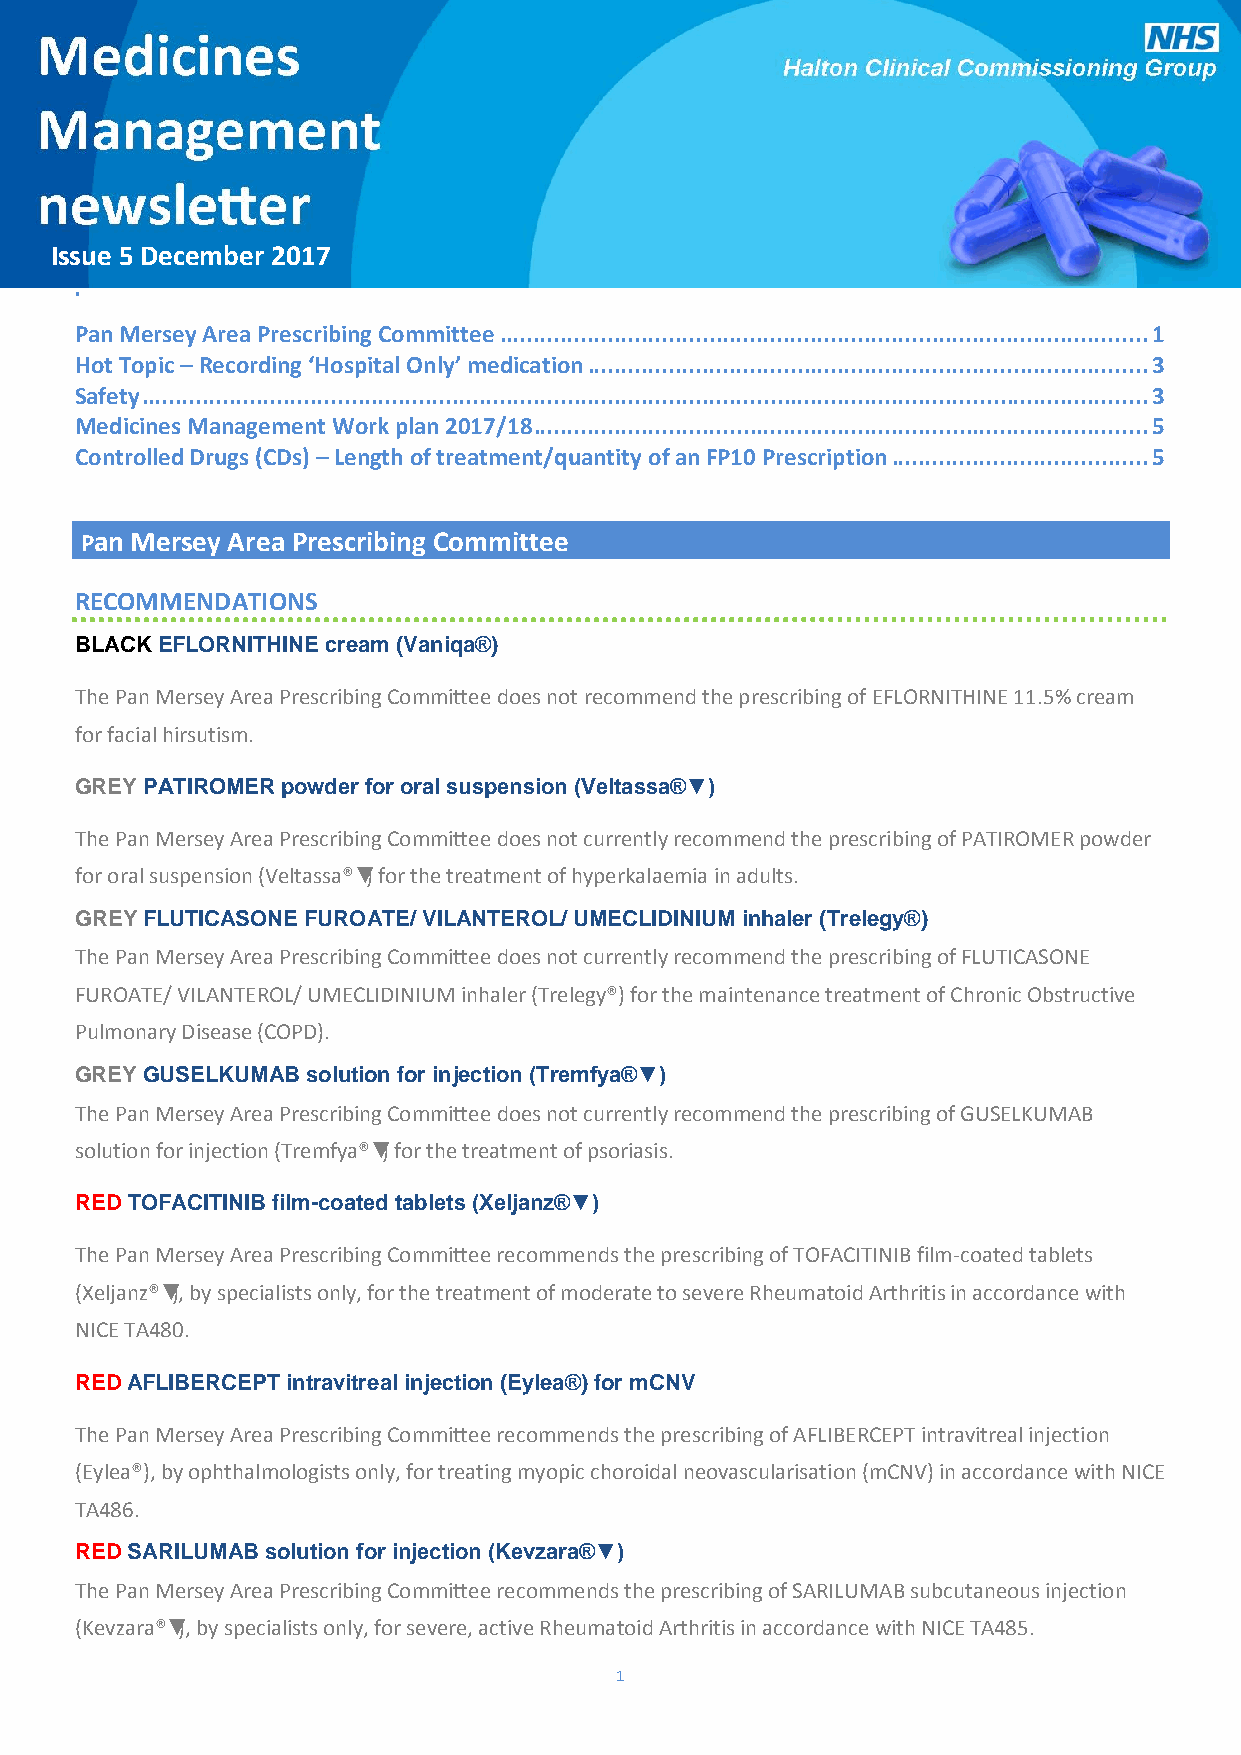
Issue 5 December 2017
 .
 Pan Mersey Area Prescribing Committee ................................................................................................ 1
 Hot Topic – Recording ‘Hospital Only’ medication ................................................................................... 3
 Safety ..................................................................................................................................................... 3
 Medicines Management Work plan 2017/18 ........................................................................................... 5
 Controlled Drugs (CDs) – Length of treatment/quantity of an FP10 Prescription ...................................... 5
 Pan Mersey Area Prescribing Committee
 RECOMMENDATIONS
 BLACK EFLORNITHINE cream (Vaniqa®)
 The Pan Mersey Area Prescribing Committee does not recommend the prescribing of EFLORNITHINE 11.5% cream
 for facial hirsutism.
 GREY PATIROMER powder for oral suspension (Veltassa®▼)
 The Pan Mersey Area Prescribing Committee does not currently recommend the prescribing of PATIROMER powder
 for oral suspension (Veltassa®▼) for the treatment of hyperkalaemia in adults.
 GREY FLUTICASONE FUROATE/ VILANTEROL/ UMECLIDINIUM inhaler (Trelegy®)
 The Pan Mersey Area Prescribing Committee does not currently recommend the prescribing of FLUTICASONE
 FUROATE/ VILANTEROL/ UMECLIDINIUM inhaler (Trelegy®) for the maintenance treatment of Chronic Obstructive
 Pulmonary Disease (COPD).
 GREY GUSELKUMAB solution for injection (Tremfya®▼)
 The Pan Mersey Area Prescribing Committee does not currently recommend the prescribing of GUSELKUMAB
 solution for injection (Tremfya®▼) for the treatment of psoriasis.
 RED TOFACITINIB film-coated tablets (Xeljanz®▼)
 The Pan Mersey Area Prescribing Committee recommends the prescribing of TOFACITINIB film-coated tablets
 (Xeljanz®▼), by specialists only, for the treatment of moderate to severe Rheumatoid Arthritis in accordance with
 NICE TA480.
 RED AFLIBERCEPT intravitreal injection (Eylea®) for mCNV
 The Pan Mersey Area Prescribing Committee recommends the prescribing of AFLIBERCEPT intravitreal injection
 (Eylea®), by ophthalmologists only, for treating myopic choroidal neovascularisation (mCNV) in accordance with NICE
 TA486.
 RED SARILUMAB solution for injection (Kevzara®▼)
 The Pan Mersey Area Prescribing Committee recommends the prescribing of SARILUMAB subcutaneous injection
 (Kevzara®▼), by specialists only, for severe, active Rheumatoid Arthritis in accordance with NICE TA485.
 1